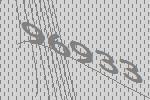
96933